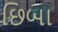
છિબા